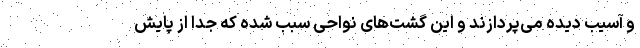
و آسیب دیده می‌پردازند و این گشت‌های نواحی سبب شده که جدا از پایش